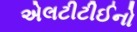
એલટીટીઈનો